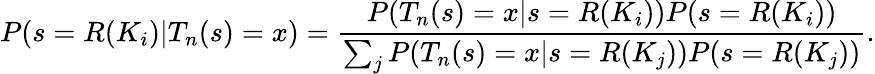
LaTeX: P(s=R(K_{i})|T_{n}(s)=x)={\frac{P(T_{n}(s)=x|s=R(K_{i}))P(s=R(K_{i}))}{\sum_{j}P(T_{n}(s)=x|s=R(K_{j}))P(s=R(K_{j}))}}.